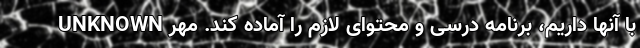
با آنها داریم، برنامه درسی و محتوای لازم را آماده کند. مهر UNKNOWN